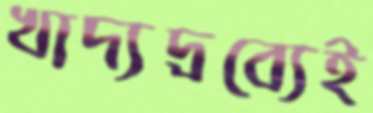
খাদ্যদ্রব্যেই